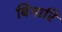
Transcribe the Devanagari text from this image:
बिगारि